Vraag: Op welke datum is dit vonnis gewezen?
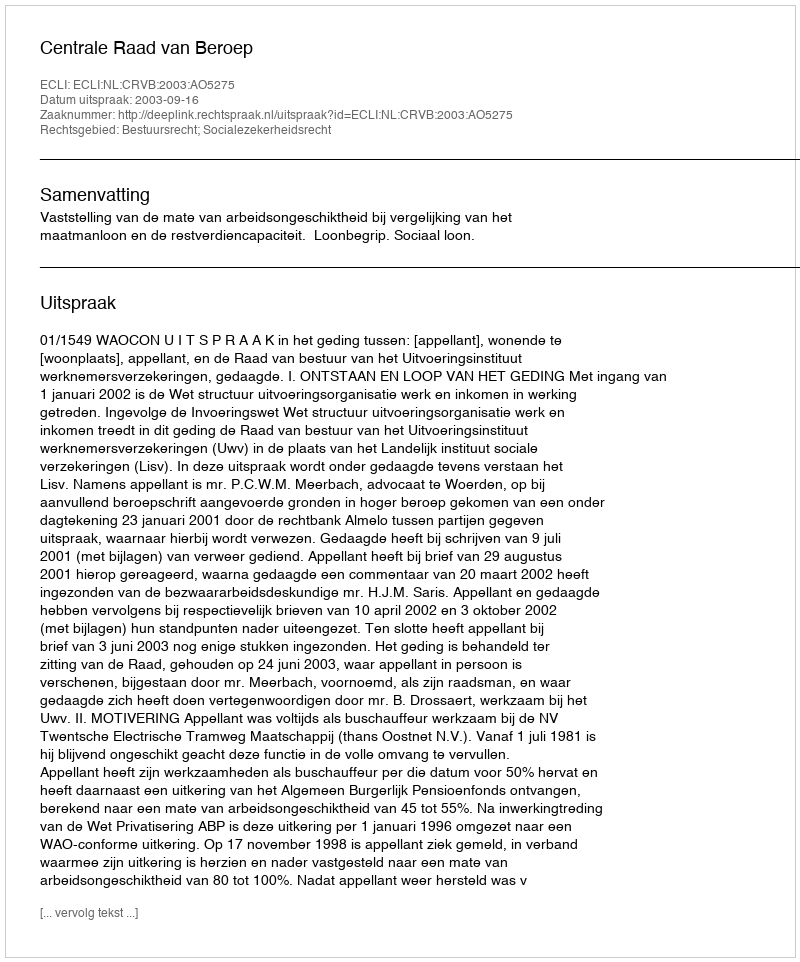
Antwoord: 2003-09-16